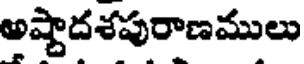
అష్టాదశపురాణములు